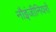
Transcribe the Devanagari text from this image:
नौइंजीनियरों